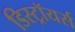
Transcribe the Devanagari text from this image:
डिस्ट्रॉयर्स